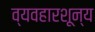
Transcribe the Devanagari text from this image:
व्यवहारशून्य